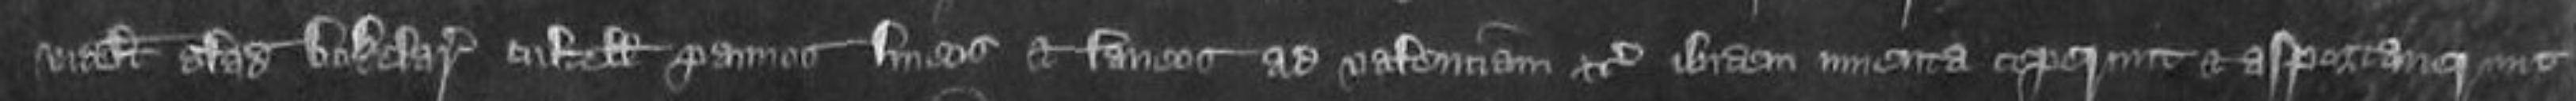
videlicet gladium bokelarium cultellum pannos lineos et laneos ad valenciam etc ibidem inventa ceperunt et asportaverunt